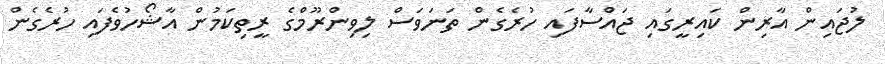
ލުޖައިން އާރިން ކައިރީގައި ޖައްސާފައި ހުރެގެން ތަނަވަސް ލިވިންރޫމްގެ ރީތިކަމުން އާޝޯހުވެފައި ހުރެގެން